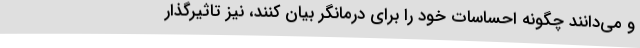
و می‌دانند چگونه احساسات خود را برای درمانگر بیان کنند، نیز تاثیرگذار